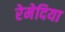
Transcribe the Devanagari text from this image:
रेमेदिया